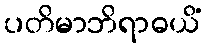
ပတိမာဘိရာဓယိံ